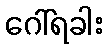
ဂေါ်ရခါး